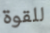
للقوة